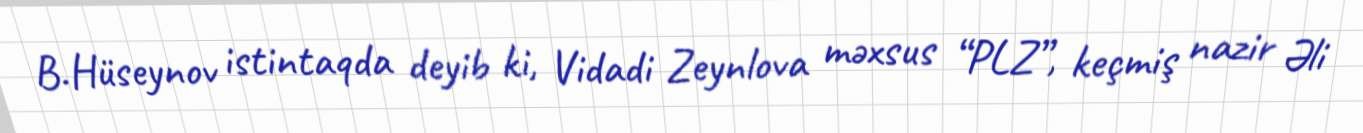
B.Hüseynov istintaqda deyib ki, Vidadi Zeynlova məxsus “PLZ”, keçmiş nazir Əli